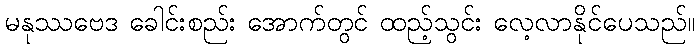
မနုဿဗေဒ ခေါင်းစည်း အောက်တွင် ထည့်သွင်း လေ့လာနိုင်ပေသည်။